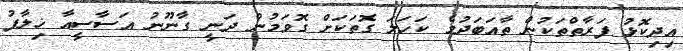
އިދިކޮޅު ފަރާތްތަކުން ތާއަބަދުމެ ކަހަލަ ގޮތަކަށް ގޮވަމުން ދަނީ ގާނޫނު އަސާސީއާ ޚިލާފު